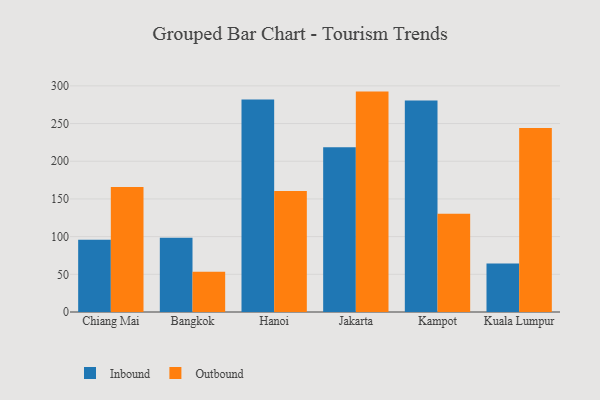
{"axis": {"x": "City", "y": "LTV (USD)"}, "legend": ["Inbound", "Outbound"], "data": [{"x": "Chiang Mai", "y": 95.9, "type": "Inbound"}, {"x": "Chiang Mai", "y": 165.9, "type": "Outbound"}, {"x": "Bangkok", "y": 98.5, "type": "Inbound"}, {"x": "Bangkok", "y": 53.4, "type": "Outbound"}, {"x": "Hanoi", "y": 282.0, "type": "Inbound"}, {"x": "Hanoi", "y": 160.6, "type": "Outbound"}, {"x": "Jakarta", "y": 218.5, "type": "Inbound"}, {"x": "Jakarta", "y": 292.4, "type": "Outbound"}, {"x": "Kampot", "y": 280.5, "type": "Inbound"}, {"x": "Kampot", "y": 130.3, "type": "Outbound"}, {"x": "Kuala Lumpur", "y": 64.4, "type": "Inbound"}, {"x": "Kuala Lumpur", "y": 244.2, "type": "Outbound"}]}